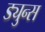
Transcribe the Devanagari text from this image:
ड्युन्स